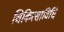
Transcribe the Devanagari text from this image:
चिकित्साविधि